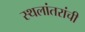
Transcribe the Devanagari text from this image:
स्थलांतरांची